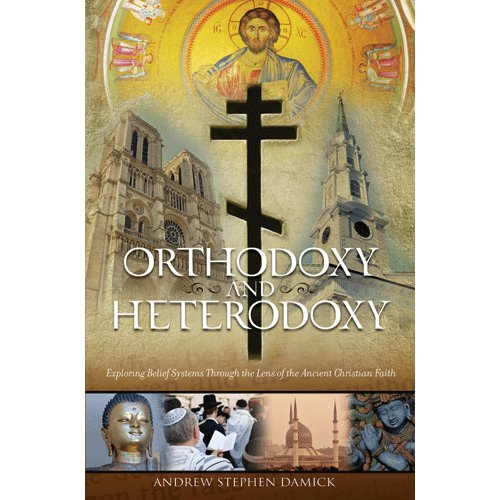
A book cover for Orthodoxy and Heterodoxy: Exploring Belief Systems through the Lens of the Ancient Christian Faith; Fr. Andrew Stephen Damick; Christian Books & Bibles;